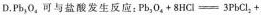
D. Pb_{3}O_{4}可与盐酸发生反应：$$P b _{3} O _{4} + 8 H Cl = 3 P b C l_{2} +